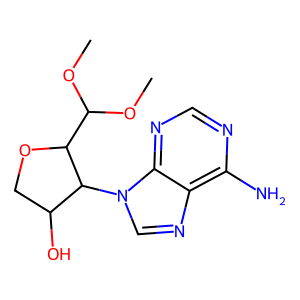
SMILES: COC(OC)C1OCC(O)C1n1cnc2c(N)ncnc21
Inhibits HIV replication: No